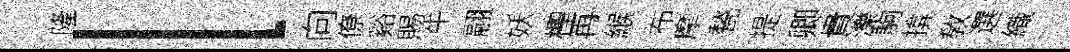
隆l向僚谿賜牛翮妖檉再緱布摩甃提卿貴濼駒揜敎選織